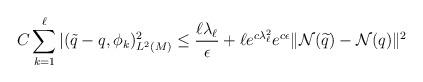
LaTeX: \begin{align*}C\sum_{k=1}^\ell |(\tilde{q}-q,\phi_k)_{L^2(M )}^2\le \frac{\ell\lambda _\ell}{\epsilon}+ \ell e^{c\lambda _\ell^2}e^{c\epsilon}\|\mathcal{N}(\widetilde{q})-\mathcal{N}(q)\|^2\end{align*}